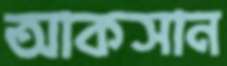
আকসান